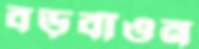
বড়বাঁওন